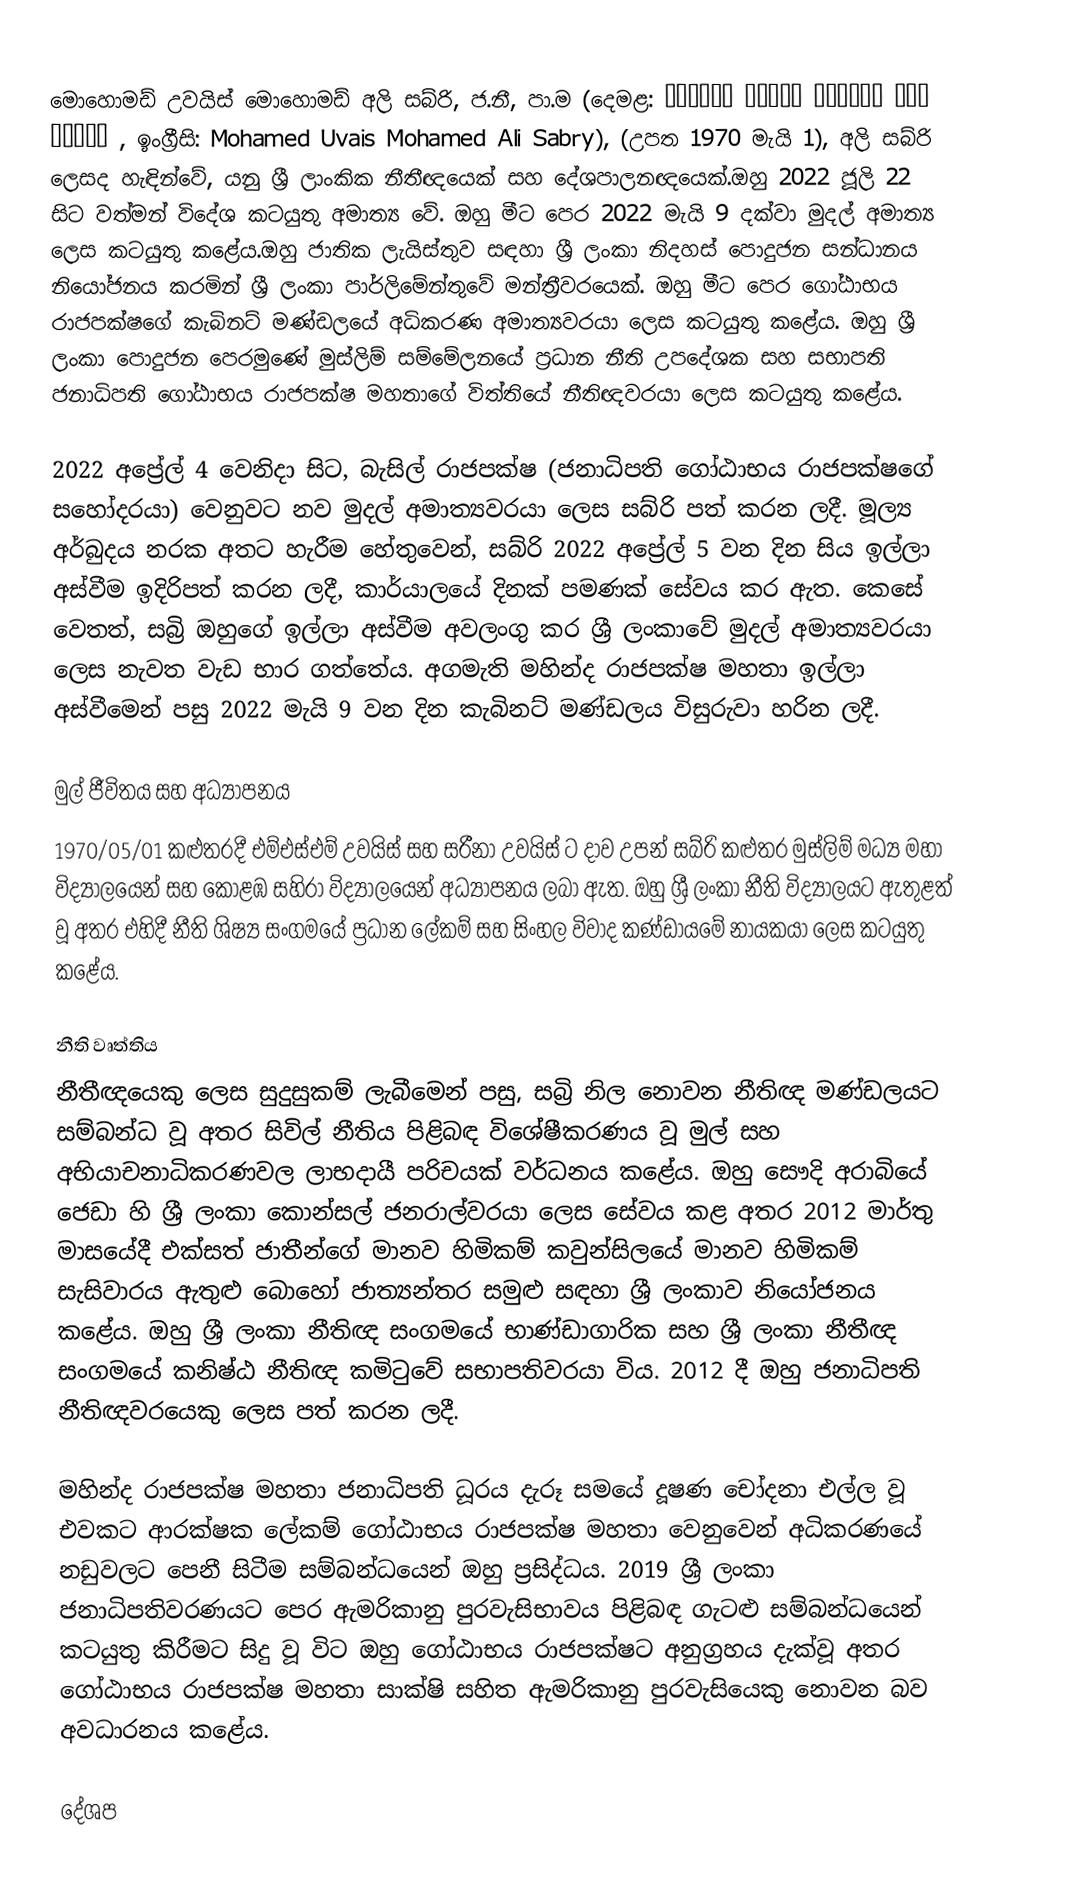
මොහොමඩ් උවයිස් මොහොමඩ් අලි සබ්රි, ජ.නී, පා.ම (දෙමළ: மோஹமட் உவைஸ் மோஹமட் அலி சப்ரி , ඉංග්‍රීසි: Mohamed Uvais Mohamed Ali Sabry), (උපත 1970 මැයි 1), අලි සබ්රි ලෙසද හැඳින්වේ, යනු ශ්‍රී ලාංකික නීතීඥයෙක් සහ දේශපාලනඥයෙක්.ඔහු 2022 ජූලි 22 සිට වත්මන් විදේශ කටයුතු අමාත්‍ය වේ. ඔහු මීට පෙර 2022 මැයි 9 දක්වා මුදල් අමාත්‍ය ලෙස කටයුතු කළේය.ඔහු ජාතික ලැයිස්තුව සඳහා ශ්‍රී ලංකා නිදහස් පොදුජන සන්ධානය නියෝජනය කරමින් ශ්‍රී ලංකා පාර්ලිමේන්තුවේ මන්ත්‍රීවරයෙක්. ඔහු මීට පෙර ගෝඨාභය රාජපක්ෂගේ කැබිනට් මණ්ඩලයේ අධිකරණ අමාත්‍යවරයා ලෙස කටයුතු කළේය. ඔහු ශ්‍රී ලංකා පොදුජන පෙරමුණේ මුස්ලිම් සම්මේලනයේ ප්‍රධාන නීති උපදේශක සහ සභාපති ජනාධිපති ගෝඨාභය රාජපක්ෂ මහතාගේ විත්තියේ නීතිඥවරයා ලෙස කටයුතු කළේය.

2022 අප්‍රේල් 4 වෙනිදා සිට, බැසිල් රාජපක්ෂ (ජනාධිපති ගෝඨාභය රාජපක්ෂගේ සහෝදරයා) වෙනුවට නව මුදල් අමාත්‍යවරයා ලෙස සබ්රි පත් කරන ලදී. මූල්‍ය අර්බුදය නරක අතට හැරීම හේතුවෙන්, සබ්රි 2022 අප්‍රේල් 5 වන දින සිය ඉල්ලා අස්වීම ඉදිරිපත් කරන ලදී, කාර්යාලයේ දිනක් පමණක් සේවය කර ඇත. කෙසේ වෙතත්, සබ්‍රි ඔහුගේ ඉල්ලා අස්වීම අවලංගු කර ශ්‍රී ලංකාවේ මුදල් අමාත්‍යවරයා ලෙස නැවත වැඩ භාර ගත්තේය. අගමැති මහින්ද රාජපක්ෂ මහතා ඉල්ලා අස්වීමෙන් පසු 2022 මැයි 9 වන දින කැබිනට් මණ්ඩලය විසුරුවා හරින ලදී.

මුල් ජීවිතය සහ අධ්‍යාපනය
1970/05/01 කළුතරදී එම්එස්එම් උවයිස් සහ සරීනා උවයිස් ට දාව උපන් සබ්රි කළුතර මුස්ලිම් මධ්‍ය මහා විද්‍යාලයෙන් සහ කොළඹ සහිරා විද්‍යාලයෙන් අධ්‍යාපනය ලබා ඇත. ඔහු ශ්‍රී ලංකා නීති විද්‍යාලයට ඇතුළත් වූ අතර එහිදී නීති ශිෂ්‍ය සංගමයේ ප්‍රධාන ලේකම් සහ සිංහල විවාද කණ්ඩායමේ නායකයා ලෙස කටයුතු කළේය.

නීති වෘත්තිය
නීතීඥයෙකු ලෙස සුදුසුකම් ලැබීමෙන් පසු, සබ්‍රි නිල නොවන නීතිඥ මණ්ඩලයට සම්බන්ධ වූ අතර සිවිල් නීතිය පිළිබඳ විශේෂීකරණය වූ මුල් සහ අභියාචනාධිකරණවල ලාභදායී පරිචයක් වර්ධනය කළේය. ඔහු සෞදි අරාබියේ ජෙඩා හි ශ්‍රී ලංකා කොන්සල් ජනරාල්වරයා ලෙස සේවය කළ අතර 2012 මාර්තු මාසයේදී එක්සත් ජාතීන්ගේ මානව හිමිකම් කවුන්සිලයේ මානව හිමිකම් සැසිවාරය ඇතුළු බොහෝ ජාත්‍යන්තර සමුළු සඳහා ශ්‍රී ලංකාව නියෝජනය කළේය. ඔහු ශ්‍රී ලංකා නීතිඥ සංගමයේ භාණ්ඩාගාරික සහ ශ්‍රී ලංකා නීතීඥ සංගමයේ කනිෂ්ඨ නීතිඥ කමිටුවේ සභාපතිවරයා විය. 2012 දී ඔහු ජනාධිපති නීතිඥවරයෙකු ලෙස පත් කරන ලදී.

මහින්ද රාජපක්ෂ මහතා ජනාධිපති ධූරය දැරූ සමයේ දූෂණ චෝදනා එල්ල වූ එවකට ආරක්ෂක ලේකම් ගෝඨාභය රාජපක්ෂ මහතා වෙනුවෙන් අධිකරණයේ නඩුවලට පෙනී සිටීම සම්බන්ධයෙන් ඔහු ප්‍රසිද්ධය.  2019 ශ්‍රී ලංකා ජනාධිපතිවරණයට පෙර ඇමරිකානු පුරවැසිභාවය පිළිබඳ ගැටළු සම්බන්ධයෙන් කටයුතු කිරීමට සිදු වූ විට ඔහු ගෝඨාභය රාජපක්ෂට අනුග්‍රහය දැක්වූ අතර ගෝඨාභය රාජපක්ෂ මහතා සාක්ෂි සහිත ඇමරිකානු පුරවැසියෙකු නොවන බව අවධාරනය කළේය.

දේශප